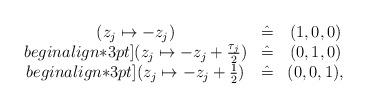
LaTeX: \begin{align*}\begin{array}{ccc}(z_j\mapsto -z_j)&\hat{=}&(1,0,0)\\begin{align*}3pt](z_j\mapsto -z_j+\frac{\tau_j}{2})&\hat{=}&(0,1,0)\\begin{align*}3pt](z_j\mapsto -z_j+\frac{1}{2})&\hat{=}&(0,0,1),\end{array}\end{align*}